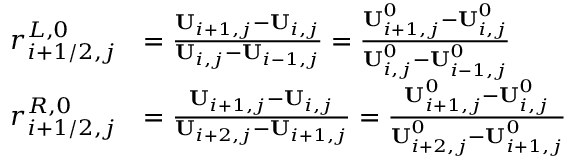
\begin{array} { r l } { r _ { i + 1 / 2 , j } ^ { L , 0 } } & { = \frac { \mathbf { U } _ { i + 1 , j } - \mathbf { U } _ { i , j } } { \mathbf { U } _ { i , j } - \mathbf { U } _ { i - 1 , j } } = \frac { \mathbf { U } _ { i + 1 , j } ^ { 0 } - \mathbf { U } _ { i , j } ^ { 0 } } { \mathbf { U } _ { i , j } ^ { 0 } - \mathbf { U } _ { i - 1 , j } ^ { 0 } } } \\ { r _ { i + 1 / 2 , j } ^ { R , 0 } } & { = \frac { \mathbf { U } _ { i + 1 , j } - \mathbf { U } _ { i , j } } { \mathbf { U } _ { i + 2 , j } - \mathbf { U } _ { i + 1 , j } } = \frac { \mathbf { U } _ { i + 1 , j } ^ { 0 } - \mathbf { U } _ { i , j } ^ { 0 } } { \mathbf { U } _ { i + 2 , j } ^ { 0 } - \mathbf { U } _ { i + 1 , j } ^ { 0 } } } \end{array}